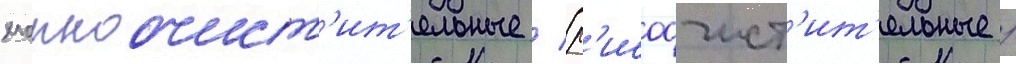
хлопкоочист'ит'ельные / (р'исоочист'ит'ельные /